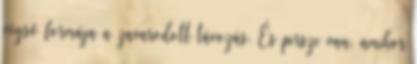
végső formája a zavarodott távozás. És persze van, amikor